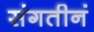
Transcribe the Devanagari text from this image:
संगतीनं